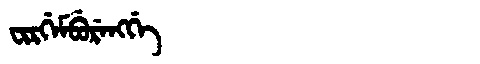
Manchu: ᠸᡳᡵᡤᡝᠮᠪᡠᡵᡝᠩᡤᡝ
Romanization: FIRGEMBURENGGE